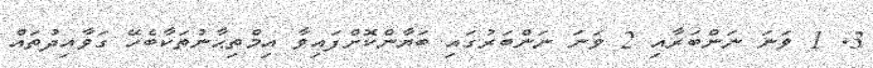
3. 1 ވަނަ ނަންބަރާއި 2 ވަނަ ނަންބަރުގައި ބަޔާންކޮށްފައިވާ އިމްތިޙާނުތަކާބެހޭ ގަވާއިދުތައް